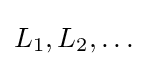
L_{1},L_{2},\dots